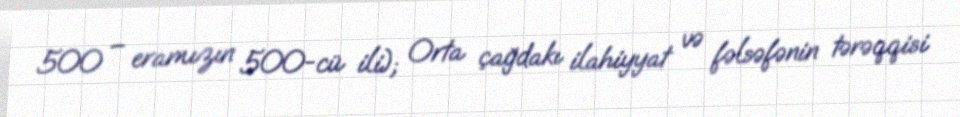
500 – eramızın 500-cü ili); Orta çağdakı ilahiyyat və fəlsəfənin tərəqqisi